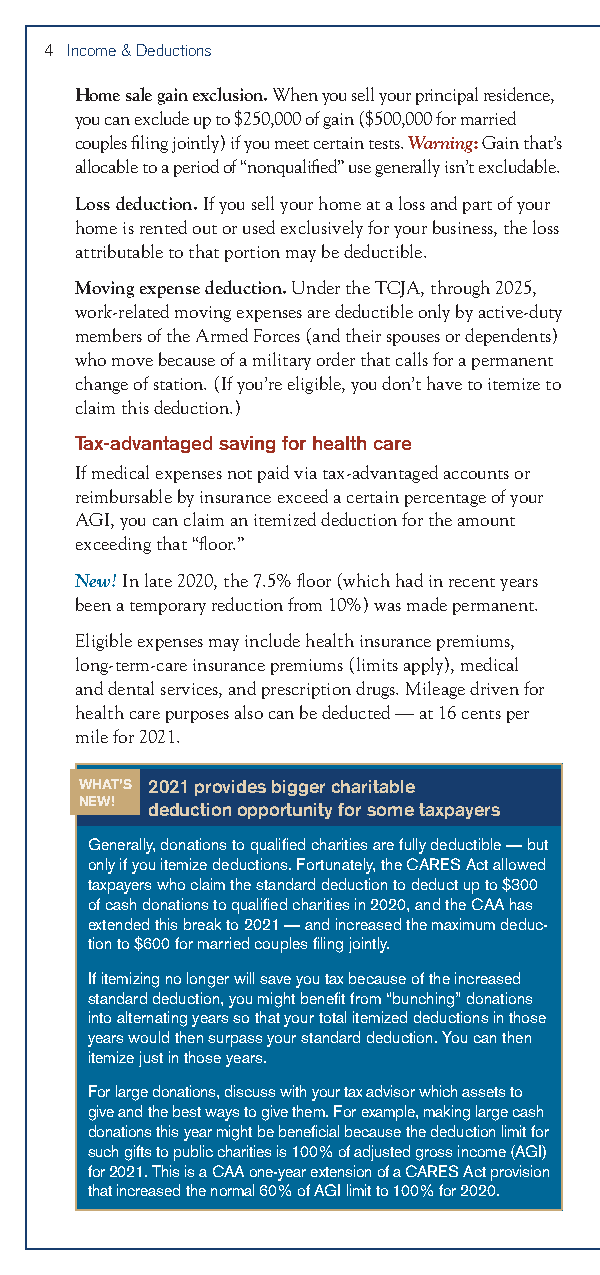
4 Income & Deductions
 Home sale gain exclusion. When you sell your principal residence,
 you can exclude up to $250,000 of gain ($500,000 for married
 couples filing jointly) if you meet certain tests. Warning: Gain that’s
 allocable to a period of “nonqualified” use generally isn’t excludable.
 Loss deduction. If you sell your home at a loss and part of your
 home is rented out or used exclusively for your business, the loss
 attributable to that portion may be deductible.
 Moving expense deduction. Under the TCJA, through 2025,
 work-related moving expenses are deductible only by active-duty
 members of the Armed Forces (and their spouses or dependents)
 who move because of a military order that calls for a permanent
 change of station. (If you’re eligible, you don’t have to itemize to
 claim this deduction.)
 Tax-advantaged saving for health care
 If medical expenses not paid via tax-advantaged accounts or
 reimbursable by insurance exceed a certain percentage of your
 AGI, you can claim an itemized deduction for the amount
 exceeding that “floor.”
 New! In late 2020, the 7.5% floor (which had in recent years
 been a temporary reduction from 10%) was made permanent.
 Eligible expenses may include health insurance premiums,
 long-term-care insurance premiums (limits apply), medical
 and dental services, and prescription drugs. Mileage driven for
 health care purposes also can be deducted — at 16 cents per
 mile for 2021.
 WHAT’S 2021 provides bigger charitable
 NEW! deduction opportunity for some taxpayers
 Generally, donations to qualified charities are fully deductible — but
 only if you itemize deductions. Fortunately, the CARES Act allowed
 taxpayers who claim the standard deduction to deduct up to $300
 of cash donations to qualified charities in 2020, and the CAA has
 extended this break to 2021 — and increased the maximum deduc-
 tion to $600 for married couples filing jointly.
 If itemizing no longer will save you tax because of the increased
 standard deduction, you might benefit from “bunching” donations
 into alternating years so that your total itemized deductions in those
 years would then surpass your standard deduction. You can then
 itemize just in those years.
 For large donations, discuss with your tax advisor which assets to
 give and the best ways to give them. For example, making large cash
 donations this year might be beneficial because the deduction limit for
 such gifts to public charities is 100% of adjusted gross income (AGI)
 for 2021. This is a CAA one-year extension of a CARES Act provision
 that increased the normal 60% of AGI limit to 100% for 2020.